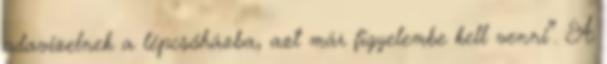
odavizelnek a lépcsőházba, azt már figyelembe kell venni”. A